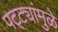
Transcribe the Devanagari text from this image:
पट्ट्यांमुळे